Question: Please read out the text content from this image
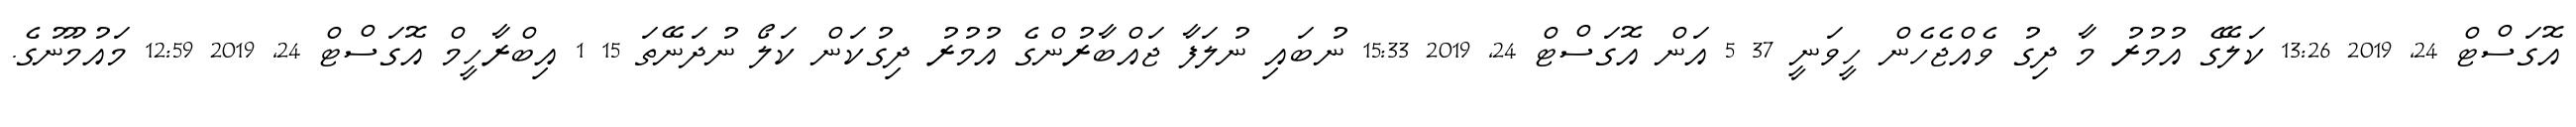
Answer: އޮގަސްޓް 24, 2019 13:26 ކަލޭގެ އުމުރު މާ ދިގު ވެއްޖެހެން ހީވަނީ 37 5 އަން އޮގަސްޓް 24, 2019 15:33 ނުބައި ނުލަފާ ޖައްބާރުންގެ އުމުރު ދިގުކަން ކަލޯ ނުދަނޭތަ 15 1 އިބްރާހީމް އޮގަސްޓް 24, 2019 12:59 މައުމޫނުގެ.